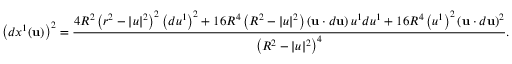
\left( d x ^ { 1 } ( \mathbf { u } ) \right) ^ { 2 } = { \frac { 4 R ^ { 2 } \left( r ^ { 2 } - | u | ^ { 2 } \right) ^ { 2 } \left( d u ^ { 1 } \right) ^ { 2 } + 1 6 R ^ { 4 } \left( R ^ { 2 } - | u | ^ { 2 } \right) \left( \mathbf { u } \cdot d \mathbf { u } \right) u ^ { 1 } d u ^ { 1 } + 1 6 R ^ { 4 } \left( u ^ { 1 } \right) ^ { 2 } \left( \mathbf { u } \cdot d \mathbf { u } \right) ^ { 2 } } { \left( R ^ { 2 } - | u | ^ { 2 } \right) ^ { 4 } } } .